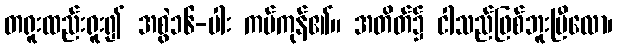
တရူးထည်းရူး၍ အစွဲ၁၆-ပါး ကပ်ကုန်၏။ အတိတ်၌ ငါသည်ဖြစ်ဘူးပြီလော၊